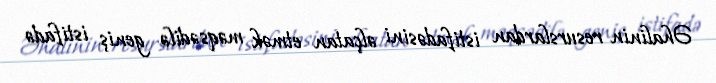
Əhalinin resurslardan istifadəsini əlçatan etmək məqsədilə geniş istifadə